Indian journal of veterinary science and animal husbandry - Volumes 15-17, 1948-1951
Year: 1948
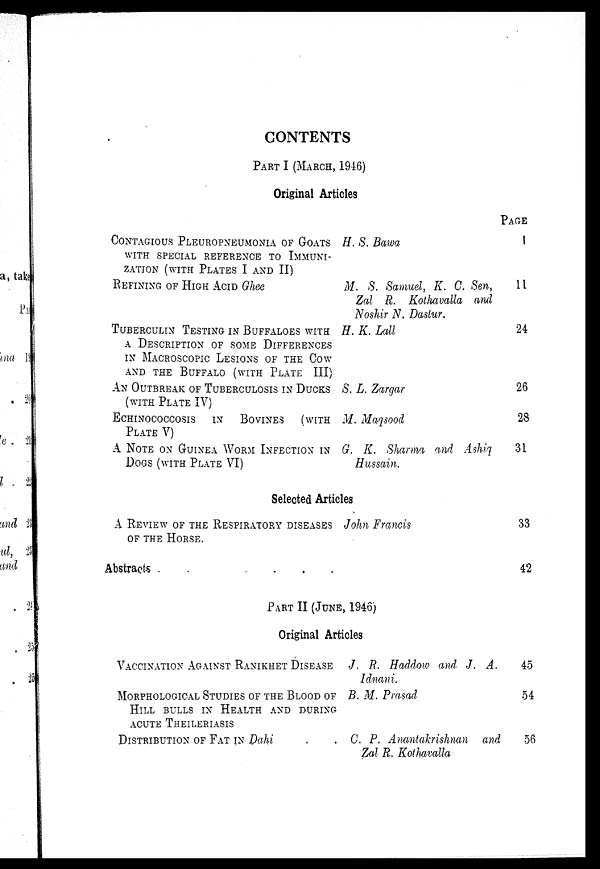
CONTENTS
PART I (MARCH, 1946)
Ori gi nal Arti cl es
CONTAGIOUS PLEUROPNEUMONIA OF GOATS
WI TH SPECI AL REFERENCE TO I
MMUNI -
ZATI ON ( W I T H P L A T E S I AND II)
REFINING OF HIGH ACID Ghee
TUBERCULIN TESTING IN BUFFALOES WITH
A DESCRIPTION OF SOME DIFFERENCES
IN MACROSCOPIC LESIONS OF THE COW
AND THE BUFFALO (WITH PLATE III)
AN OUTBREAK OF TUBERCULOSIS IN DUCKS
(WITH PLATE IV)
ECHINOCOCCOSIS IN BOVINES (WITH
PLATE V)
A NOTE ON GUINEA WORM INFECTION IN
DOGS (WITH PLATE VI)
H. S. Bawa
M. S. Samuel, K. C. Sen,
Zal R. Kothavalla
and
Noshir N. Dastur.
H. K. Lall
S. L. Zargar
M. Maqsood
G. K. Sharma and Ashiq
Hussain.
Sel ect ed Art i cl es
A REVIEW OF THE RESPIRATORY DISEASES
OF THE HORSE.
Abst ract s .
. . . .
John Francis
PAGE
1
11
24
26
28
31
33
42
PART II (JUNE, 1946)
Ori gi nal Art i cl es
VACCINATION AGAINST RANIKHET DISEASE
MORPHOLOGICAL STUDIES OF THE BLOOD OF
HILL BULLS IN HEALTH AND DURING
ACUTE THEI LERI ASI S
DISTRIBUTION OF FAT IN Dahi
J. R. Haddow and J. A.
Idnani,
B. M. Prasad
C. P. Anantakrishnan and
Zal R. Kothavalla
45
54
56